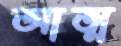
আত্ম